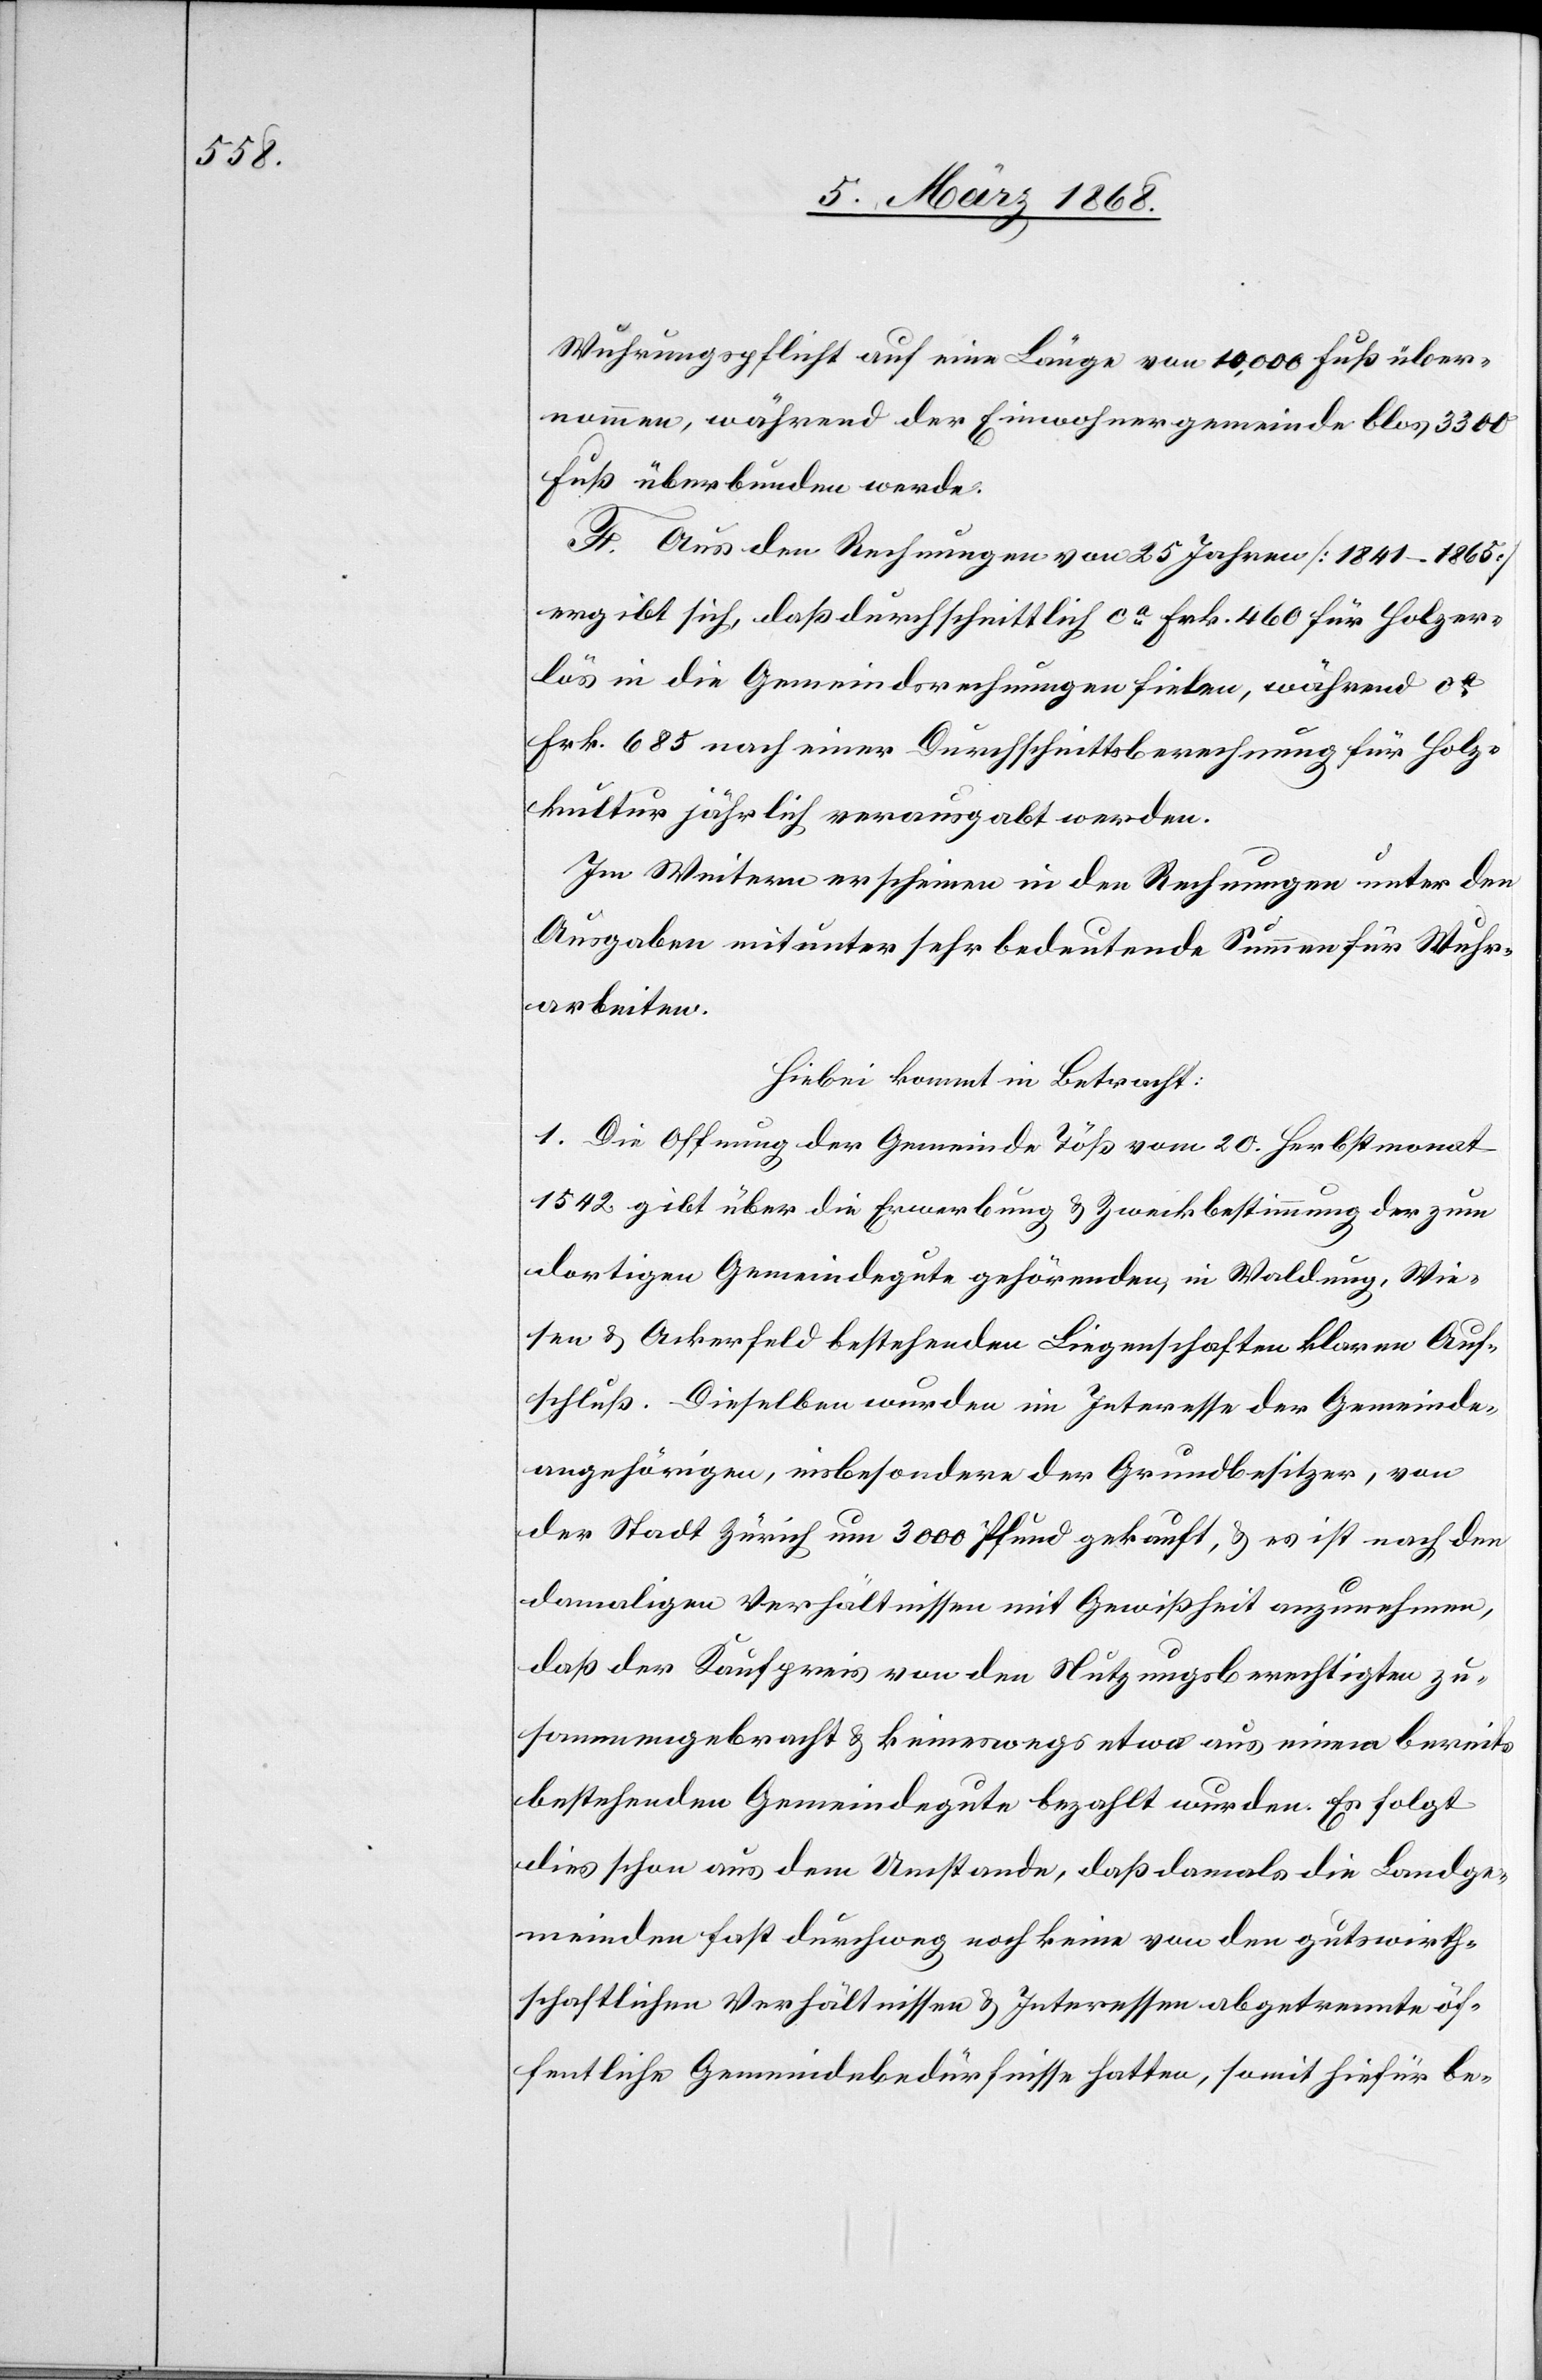
Wuhrungspflicht auf eine Länge von 10,000 Fuß über¬
nommen, während der Einwohnergemeinde blos 3300
Fuß überbunden werde.
F. Aus den Rechnungen von 25 Jahren [1841–1865]
ergibt sich, daß durchschnittlich ca. Frk. 460 für Holzer¬
lös in die Gemeindsrechnungen fielen, während ca.
Frk. 685 nach einer Durchschnittsberechnung für Holz¬
kultur jährlich verausgabt werden.
Im Weitern erscheinen in den Rechnungen unter den
Ausgaben mitunter sehr bedeutende Summen für Wuhr¬
arbeiten.
Hiebei kommt in Betracht:
1. Die Offnung der Gemeinde Töß vom 20. Herbstmonat
1542 gibt über die Erwerbung & Zweckbestimmung der zum
dortigen Gemeindegute gehörenden, in Waldung, Wie¬
sen & Ackerfeld bestehenden Liegenschaften klaren Auf¬
schluß. Dieselben wurden im Interesse der Gemeinde¬
angehörigen, insbesondere der Grundbesitzer, von
der Stadt Zürich um 3000 Pfund gekauft, & es ist nach den
damaligen Verhältnissen mit Gewißheit anzunehmen,
daß der Kaufpreis von den Nutzungsberechtigten zu¬
sammengebracht & keineswegs etwa aus einem bereits
bestehenden Gemeindegute bezahlt wurden. Es folgt
dies schon aus dem Umstande, daß damals die Landge¬
meinden fast durchweg noch keine von den gutswirth¬
schaftlichen Verhältnissen & Interessen abgetrennte öf¬
fentliche Gemeindebedürfnisse hatten, somit hiefür be-